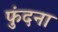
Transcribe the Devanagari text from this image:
फुंदना